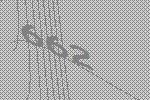
662